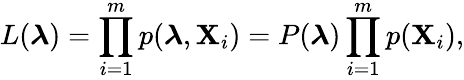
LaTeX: L(\boldsymbol{\lambda})=\prod_{i=1}^{m}p(\boldsymbol{\lambda},\mathbf{X}_{i})=P(\boldsymbol{\lambda})\prod_{i=1}^{m}p(\mathbf{X}_{i}),